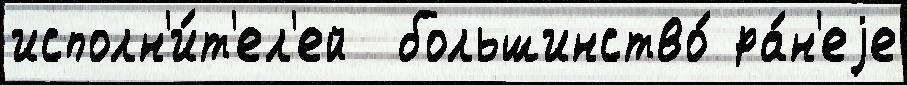
исполн'и́т'ел'ей  большинство́ ра́н'еjе